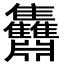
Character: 䨊